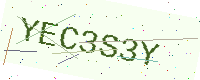
Text: YEC3S3Y